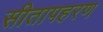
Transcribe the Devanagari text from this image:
सीतापहरण